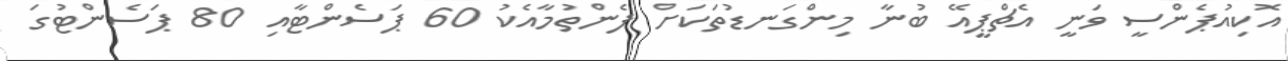
އޮކިއުޕެންސީ ވަނީ އެޗްޕީއޭ ބުނާ މިންގަނޑުތަކަށް ފެންތުމާއެކު 60 ޕަސެންޓާއި 80 ޕަސެންޓުގަ